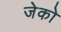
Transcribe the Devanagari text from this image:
जेको